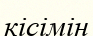
кісімін